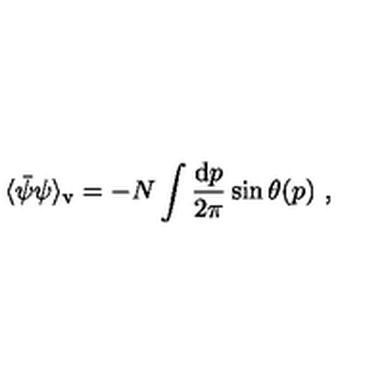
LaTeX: \langle \bar { \psi } \psi \rangle _ { \mathrm { v } } = - N \int \frac { \mathrm { d } p } { 2 \pi } \sin \theta ( p ) \ ,